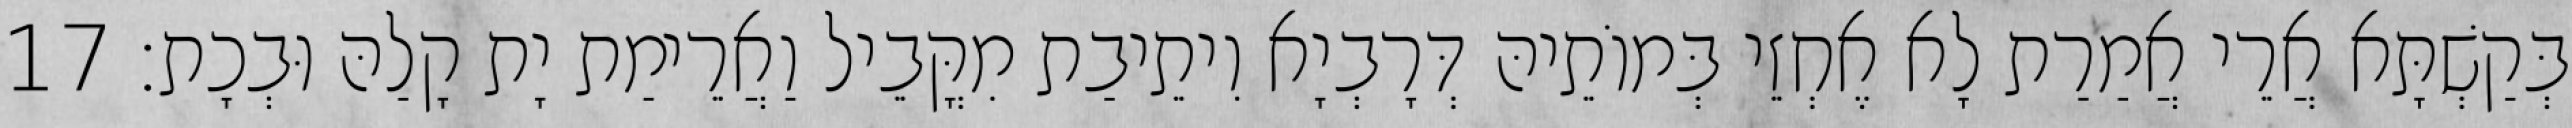
בְּקַשְׁתָּא אֲרֵי אֲמַרַת לָא אֶחְזֵי בְּמוֹתֵיהּ דְּרָבְיָא וִיתֵיבַת מִקֳּבֵיל וַאֲרֵימַת יָת קָלַהּ וּבְכָת׃ 17